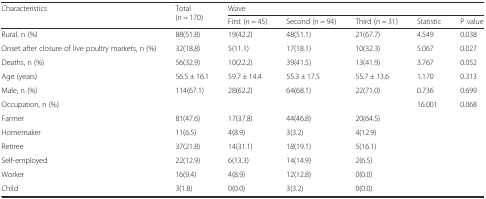
<table><thead><tr><td rowspan="2"><b>Characteristics</b></td><td rowspan="2"><b>Total (<i>n</i> = 170)</b></td><td colspan="5"><b>Wave</b></td></tr><tr><td><b>First (<i>n</i> = 45)</b></td><td><b>Second (<i>n</i> = 94)</b></td><td><b>Third (<i>n</i> = 31)</b></td><td><b>Statistic</b></td><td><b>P value</b></td></tr></thead><tbody><tr><td>Rural, n (%)</td><td>88(51.8)</td><td>19(42.2)</td><td>48(51.1)</td><td>21(67.7)</td><td>4.549</td><td>0.038</td></tr><tr><td>Onset after closure of live poultry markets, n (%)</td><td>32(18.8)</td><td>5(11.1)</td><td>17(18.1)</td><td>10(32.3)</td><td>5.067</td><td>0.027</td></tr><tr><td>Deaths, n (%)</td><td>56(32.9)</td><td>10(22.2)</td><td>39(41.5)</td><td>13(41.9)</td><td>3.767</td><td>0.052</td></tr><tr><td>Age (years)</td><td>56.5 ± 16.1</td><td>59.7 ± 14.4</td><td>55.3 ± 17.5</td><td>55.7 ± 13.6</td><td>1.170</td><td>0.313</td></tr><tr><td>Male, n (%)</td><td>114(67.1)</td><td>28(62.2)</td><td>64(68.1)</td><td>22(71.0)</td><td>0.736</td><td>0.699</td></tr><tr><td>Occupation, n (%)</td><td></td><td></td><td></td><td></td><td>16.001</td><td>0.068</td></tr><tr><td>Farmer</td><td>81(47.6)</td><td>17(37.8)</td><td>44(46.8)</td><td>20(64.5)</td><td></td><td></td></tr><tr><td>Homemaker</td><td>11(6.5)</td><td>4(8.9)</td><td>3(3.2)</td><td>4(12.9)</td><td></td><td></td></tr><tr><td>Retiree</td><td>37(21.8)</td><td>14(31.1)</td><td>18(19.1)</td><td>5(16.1)</td><td></td><td></td></tr><tr><td>Self-employed</td><td>22(12.9)</td><td>6(13.3)</td><td>14(14.9)</td><td>2(6.5)</td><td></td><td></td></tr><tr><td>Worker</td><td>16(9.4)</td><td>4(8.9)</td><td>12(12.8)</td><td>0(0.0)</td><td></td><td></td></tr><tr><td>Child</td><td>3(1.8)</td><td>0(0.0)</td><td>3(3.2)</td><td>0(0.0)</td><td></td><td></td></tr></tbody></table>